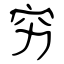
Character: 穷